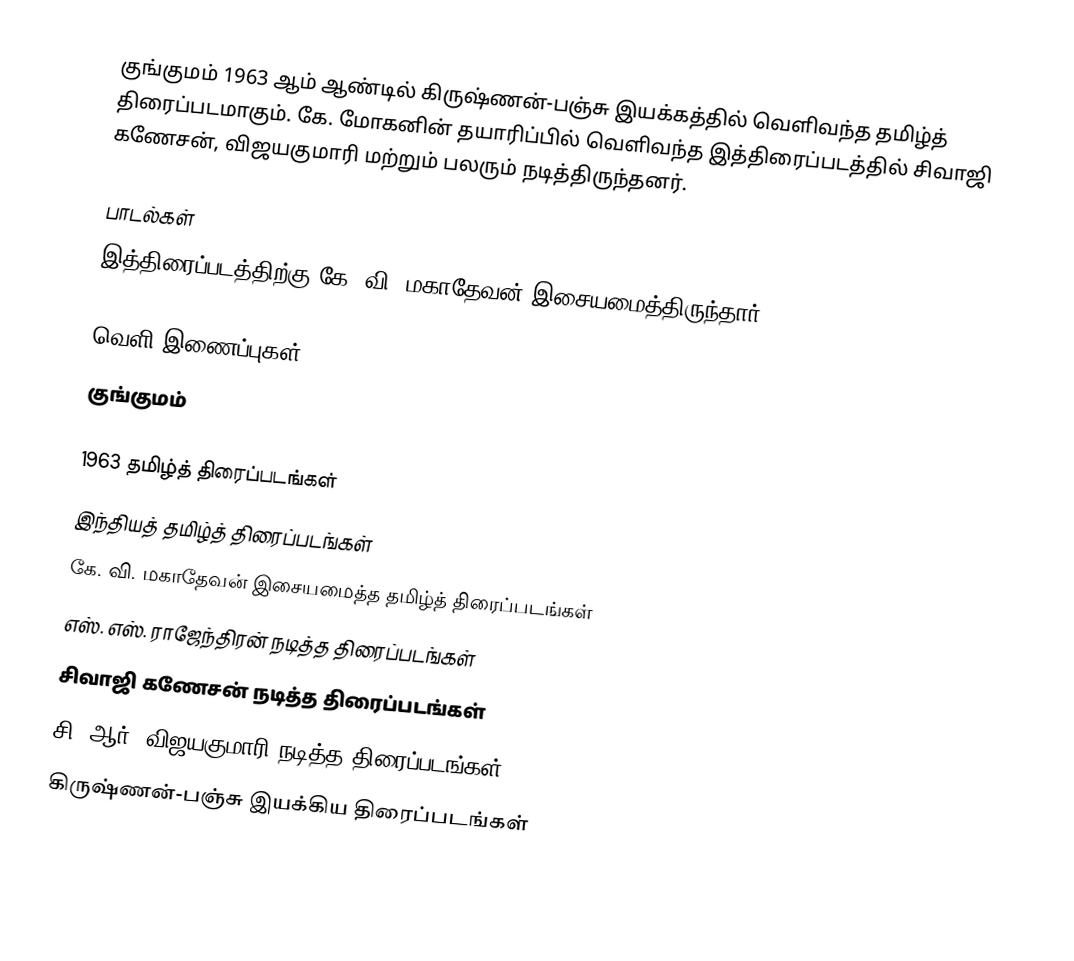
குங்குமம் 1963 ஆம் ஆண்டில் கிருஷ்ணன்-பஞ்சு இயக்கத்தில் வெளிவந்த தமிழ்த் திரைப்படமாகும். கே. மோகனின் தயாரிப்பில் வெளிவந்த இத்திரைப்படத்தில் சிவாஜி கணேசன், விஜயகுமாரி மற்றும் பலரும் நடித்திருந்தனர்.

பாடல்கள்
இத்திரைப்படத்திற்கு கே. வி. மகாதேவன் இசையமைத்திருந்தார்.

வெளி இணைப்புகள்
 குங்குமம்

1963 தமிழ்த் திரைப்படங்கள்
இந்தியத் தமிழ்த் திரைப்படங்கள்
கே. வி. மகாதேவன் இசையமைத்த தமிழ்த் திரைப்படங்கள்
எஸ். எஸ். ராஜேந்திரன் நடித்த திரைப்படங்கள்
சிவாஜி கணேசன் நடித்த திரைப்படங்கள்
சி. ஆர். விஜயகுமாரி நடித்த திரைப்படங்கள்
கிருஷ்ணன்-பஞ்சு இயக்கிய திரைப்படங்கள்